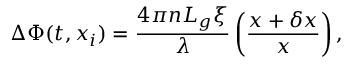
\Delta \Phi ( t , x _ { i } ) = \frac { 4 \pi n L _ { g } \xi } { \lambda } \left( \frac { x + \delta x } { x } \right) ,